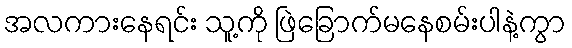
အလကားနေရင်း သူ့ကို ဖြဲခြောက်မနေစမ်းပါနဲ့ကွာ